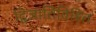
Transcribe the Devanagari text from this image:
द्विजातिविहित